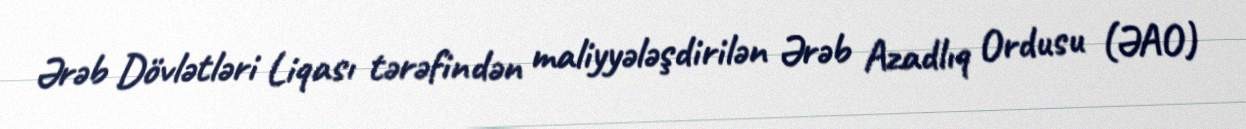
Ərəb Dövlətləri Liqası tərəfindən maliyyələşdirilən Ərəb Azadlıq Ordusu (ƏAO)